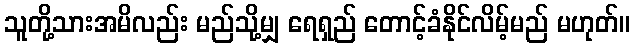
သူတို့သားအမိလည်း မည်သို့မျှ ရေရှည် တောင့်ခံနိုင်လိမ့်မည် မဟုတ်။